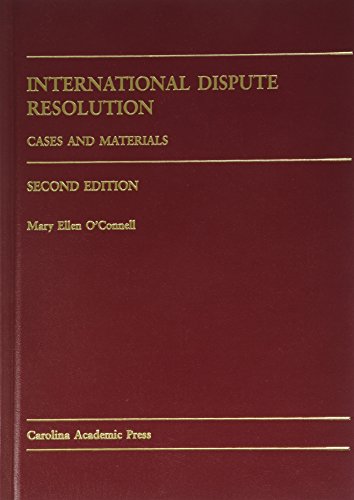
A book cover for International Dispute Resolution: Cases and Materials; Mary Ellen O'Connell; Law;